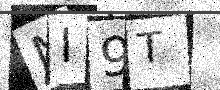
Text: MI9T